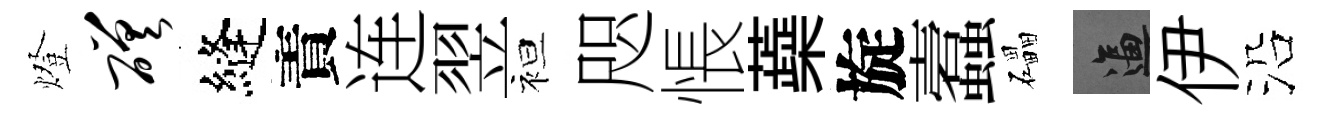
燈磋縫責连翌袒咫悵蘃旋蠧礧逼伊沿